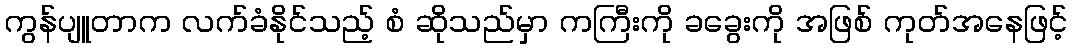
ကွန်ပျူတာက လက်ခံနိုင်သည့် စံ ဆိုသည်မှာ ကကြီးကို ခခွေးကို အဖြစ် ကုတ်အနေဖြင့်